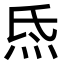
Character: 𤇡